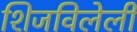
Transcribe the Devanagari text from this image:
शिजविलेली